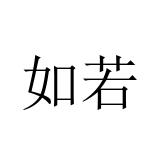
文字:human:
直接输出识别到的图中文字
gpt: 如若